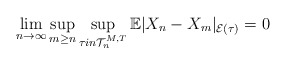
\begin{align*}\lim_{n \rightarrow \infty}\sup_{m \geq n}\sup_{\tau in \mathcal{T}_n^{M,T}}\mathbb{E}|X_n - X_m|_{\mathcal{E}(\tau)} = 0\end{align*}